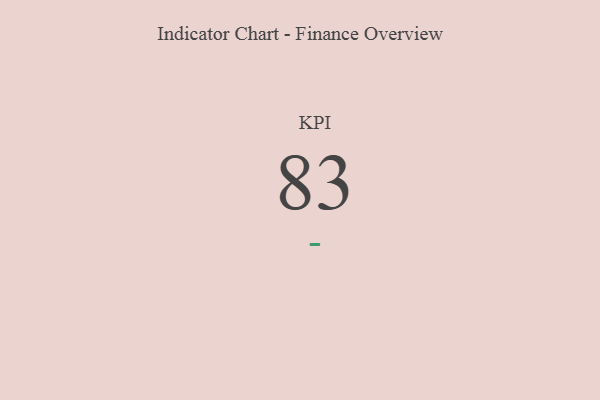
{"axis": {"x": "KPI", "y": "Value"}, "legend": [""], "data": [{"x": "KPI", "y": 83, "type": ""}]}